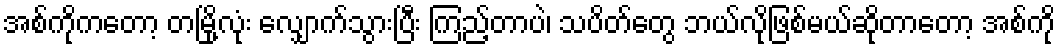
အစ်ကိုကတော့ တမြို့လုံး လျှောက်သွားပြီး ကြည့်တာပဲ၊ သပိတ်တွေ ဘယ်လိုဖြစ်မယ်ဆိုတာတော့ အစ်ကို